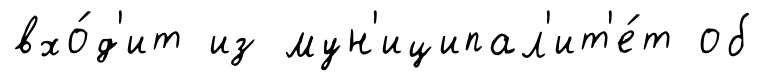
вхо́д'ит из мун'иципал'ит'е́т об